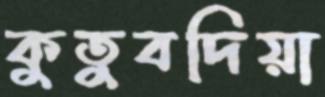
কুতুবদিয়া